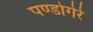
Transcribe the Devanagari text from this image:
पण्डोगेरे